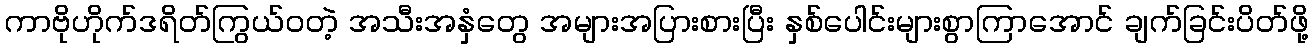
ကာဗိုဟိုက်ဒရိတ်ကြွယ်ဝတဲ့ အသီးအနှံတွေ အများအပြားစားပြီး နှစ်ပေါင်းများစွာကြာအောင် ချက်ခြင်းပိတ်ဖို့